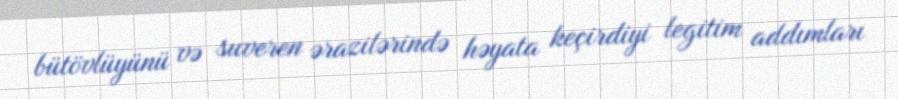
bütövlüyünü və suveren ərazilərində həyata keçirdiyi legitim addımları